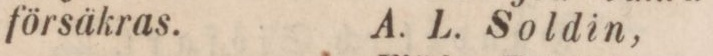
försäkras.    A. L. Soldin,